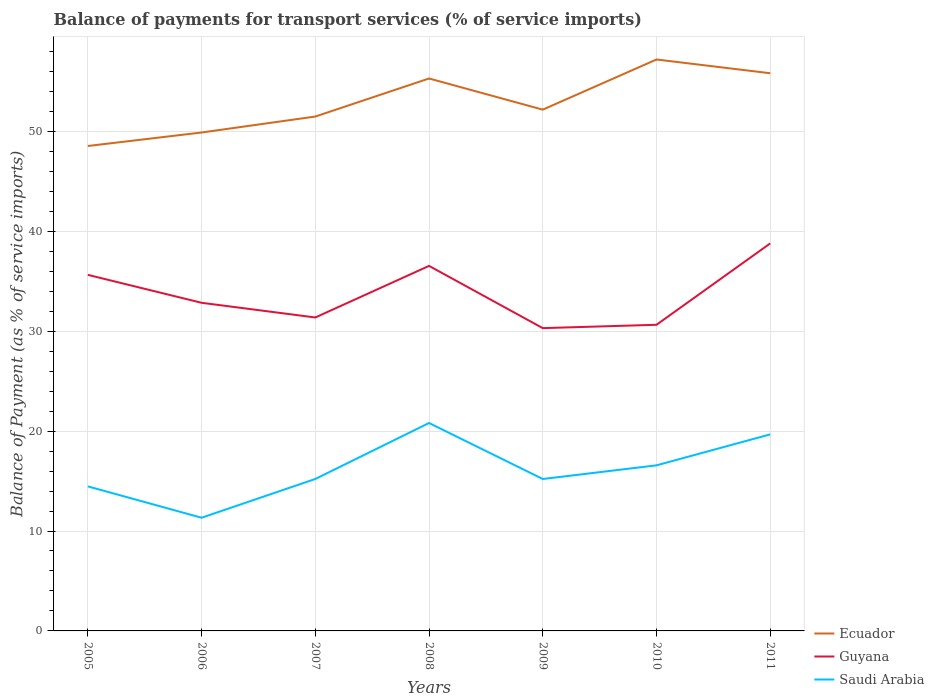
| Years | Ecuador | Guyana | Saudi Arabia |
 | --- | --- | --- | --- |
 | 2005 | 48.5 | 35.6 | 14.5 |
 | 2006 | 49.9 | 32.8 | 11.3 |
 | 2007 | 51.5 | 31.4 | 15.2 |
 | 2008 | 55.3 | 36.5 | 20.8 |
 | 2009 | 52.2 | 30.3 | 15.2 |
 | 2010 | 57.2 | 30.6 | 16.6 |
 | 2011 | 55.8 | 38.8 | 19.7 |